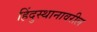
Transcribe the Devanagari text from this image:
हिंदुस्थानावरील